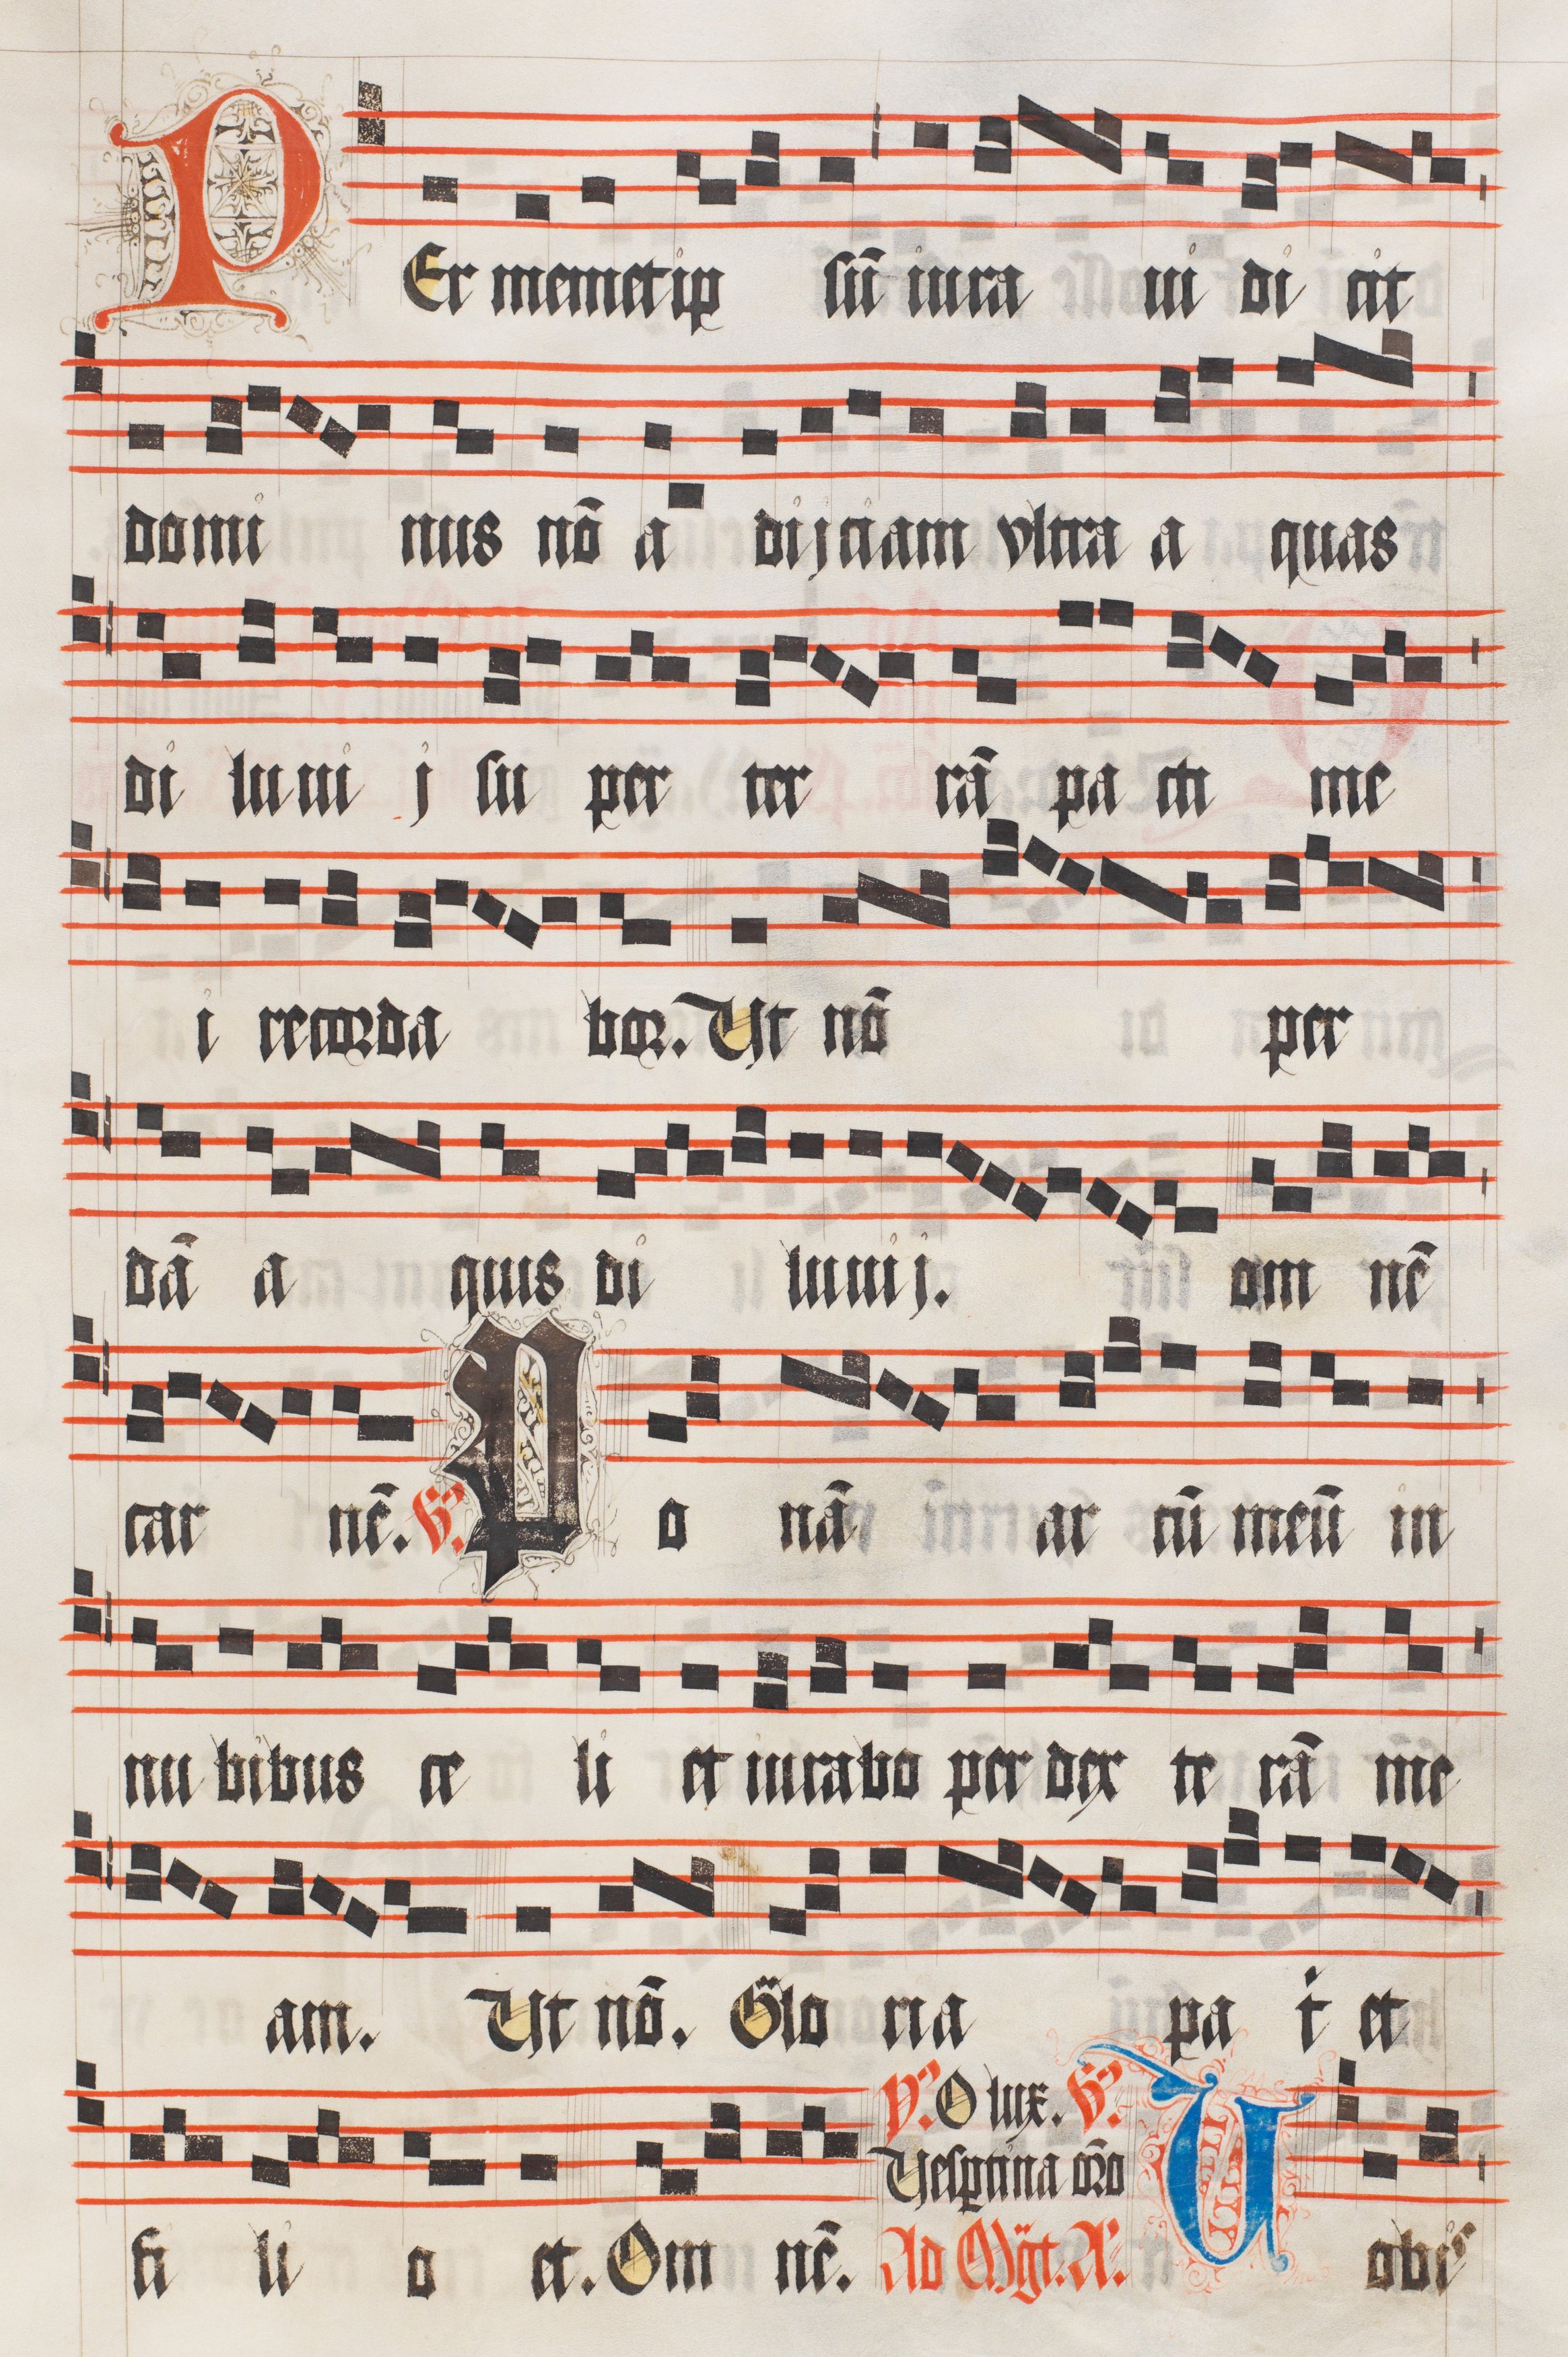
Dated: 1511–1517